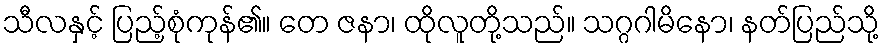
သီလနှင့် ပြည့်စုံကုန်၏။ တေ ဇနာ၊ ထိုလူတို့သည်။ သဂ္ဂဂါမိနော၊ နတ်ပြည်သို့